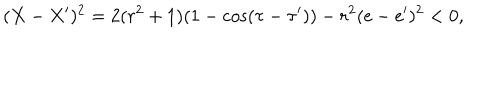
( X - X ^ { \prime } ) ^ { 2 } = 2 ( r ^ { 2 } + 1 ) ( 1 - \cos ( \tau - \tau ^ { \prime } ) ) - r ^ { 2 } ( \mathrm { e } - \mathrm { e } ^ { \prime } ) ^ { 2 } < 0 ,